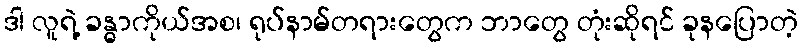
ဒါ လူရဲ့ ခန္ဓာကိုယ်အစ၊ ရုပ်နာမ်တရားတွေက ဘာတွေ တုံးဆိုရင် ခုနပြောတဲ့